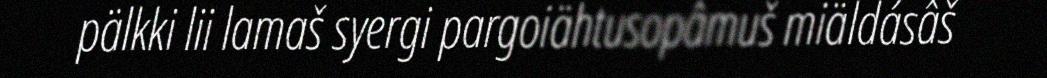
pälkki lii lamaš syergi pargoiähtusopâmuš miäldásâš